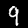
Label: 9